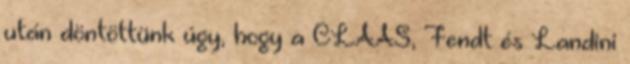
után döntöttünk úgy, hogy a CLAAS, Fendt és Landini